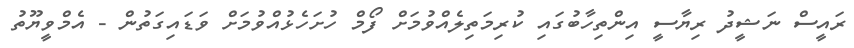
ރައީސް ނަޝީދު ރިޔާސީ އިންތިހާބުގައި ކުރިމަތިލެއްވުމަށް ފޯމް ހުށަހެޅުއްވުމަށް ވަޑައިގަތުން - އެމްވީޔޫތު